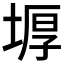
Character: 𡎋